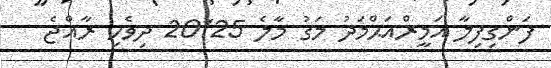
ފަންގިފިލާ އަމީރްއަޙްމަދު މަގު މާލެ 20125 ދިވެހި ރާއްޖެ